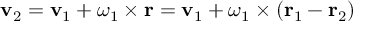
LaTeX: \mathbf { v } _ { 2 } = \mathbf { v } _ { 1 } + { \boldsymbol { \omega } } _ { 1 } \times \mathbf { r } = \mathbf { v } _ { 1 } + { \boldsymbol { \omega } } _ { 1 } \times ( \mathbf { r } _ { 1 } - \mathbf { r } _ { 2 } )